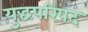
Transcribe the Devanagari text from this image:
युद्धपरिषद